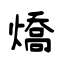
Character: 燆